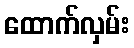
ထောက်လှမ်း